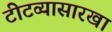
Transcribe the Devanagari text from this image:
टीटव्यासारखा